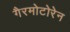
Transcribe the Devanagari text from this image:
गैरमोटोरेन